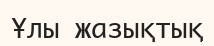
Ұлы жазықтық